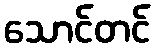
သောင်တင်